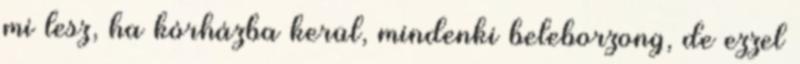
mi lesz, ha kórházba kerül, mindenki beleborzong, de ezzel